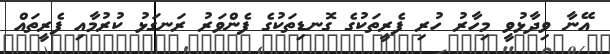
އޭނާ ވިދާޅުވީ މިހާރު ހުރި ފެރީތަކުގެ ގޮނޑިތަކުގެ ފެންވަރު ރަނގަޅު ކުރުމާއި ފެރީތައް